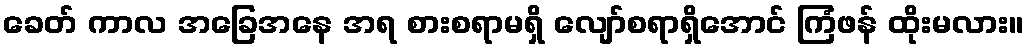
ခေတ် ကာလ အခြေအနေ အရ စားစရာမရှိ လျော်စရာရှိအောင် ကြံဖန် ထိုးမလား။